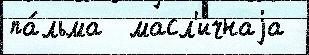
па́льма  масл'ичнаjа